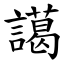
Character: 譪